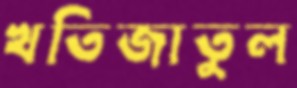
খতিজাতুল